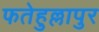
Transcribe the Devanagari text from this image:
फतेहुल्लापुर